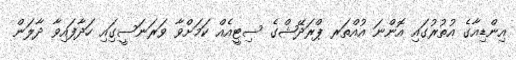
އިންޑިއާގެ އުތުރުގައި އޮންނަ އުއްތަރ ޕްރަދޭޝްގެ ސިޓީއެއް ކަމަށްވާ ވަރަނަސީގަިއި ހަދާފައިވާ ދާލަން